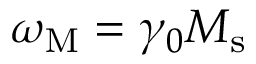
\omega _ { \mathrm { M } } = \gamma _ { 0 } M _ { \mathrm { s } }